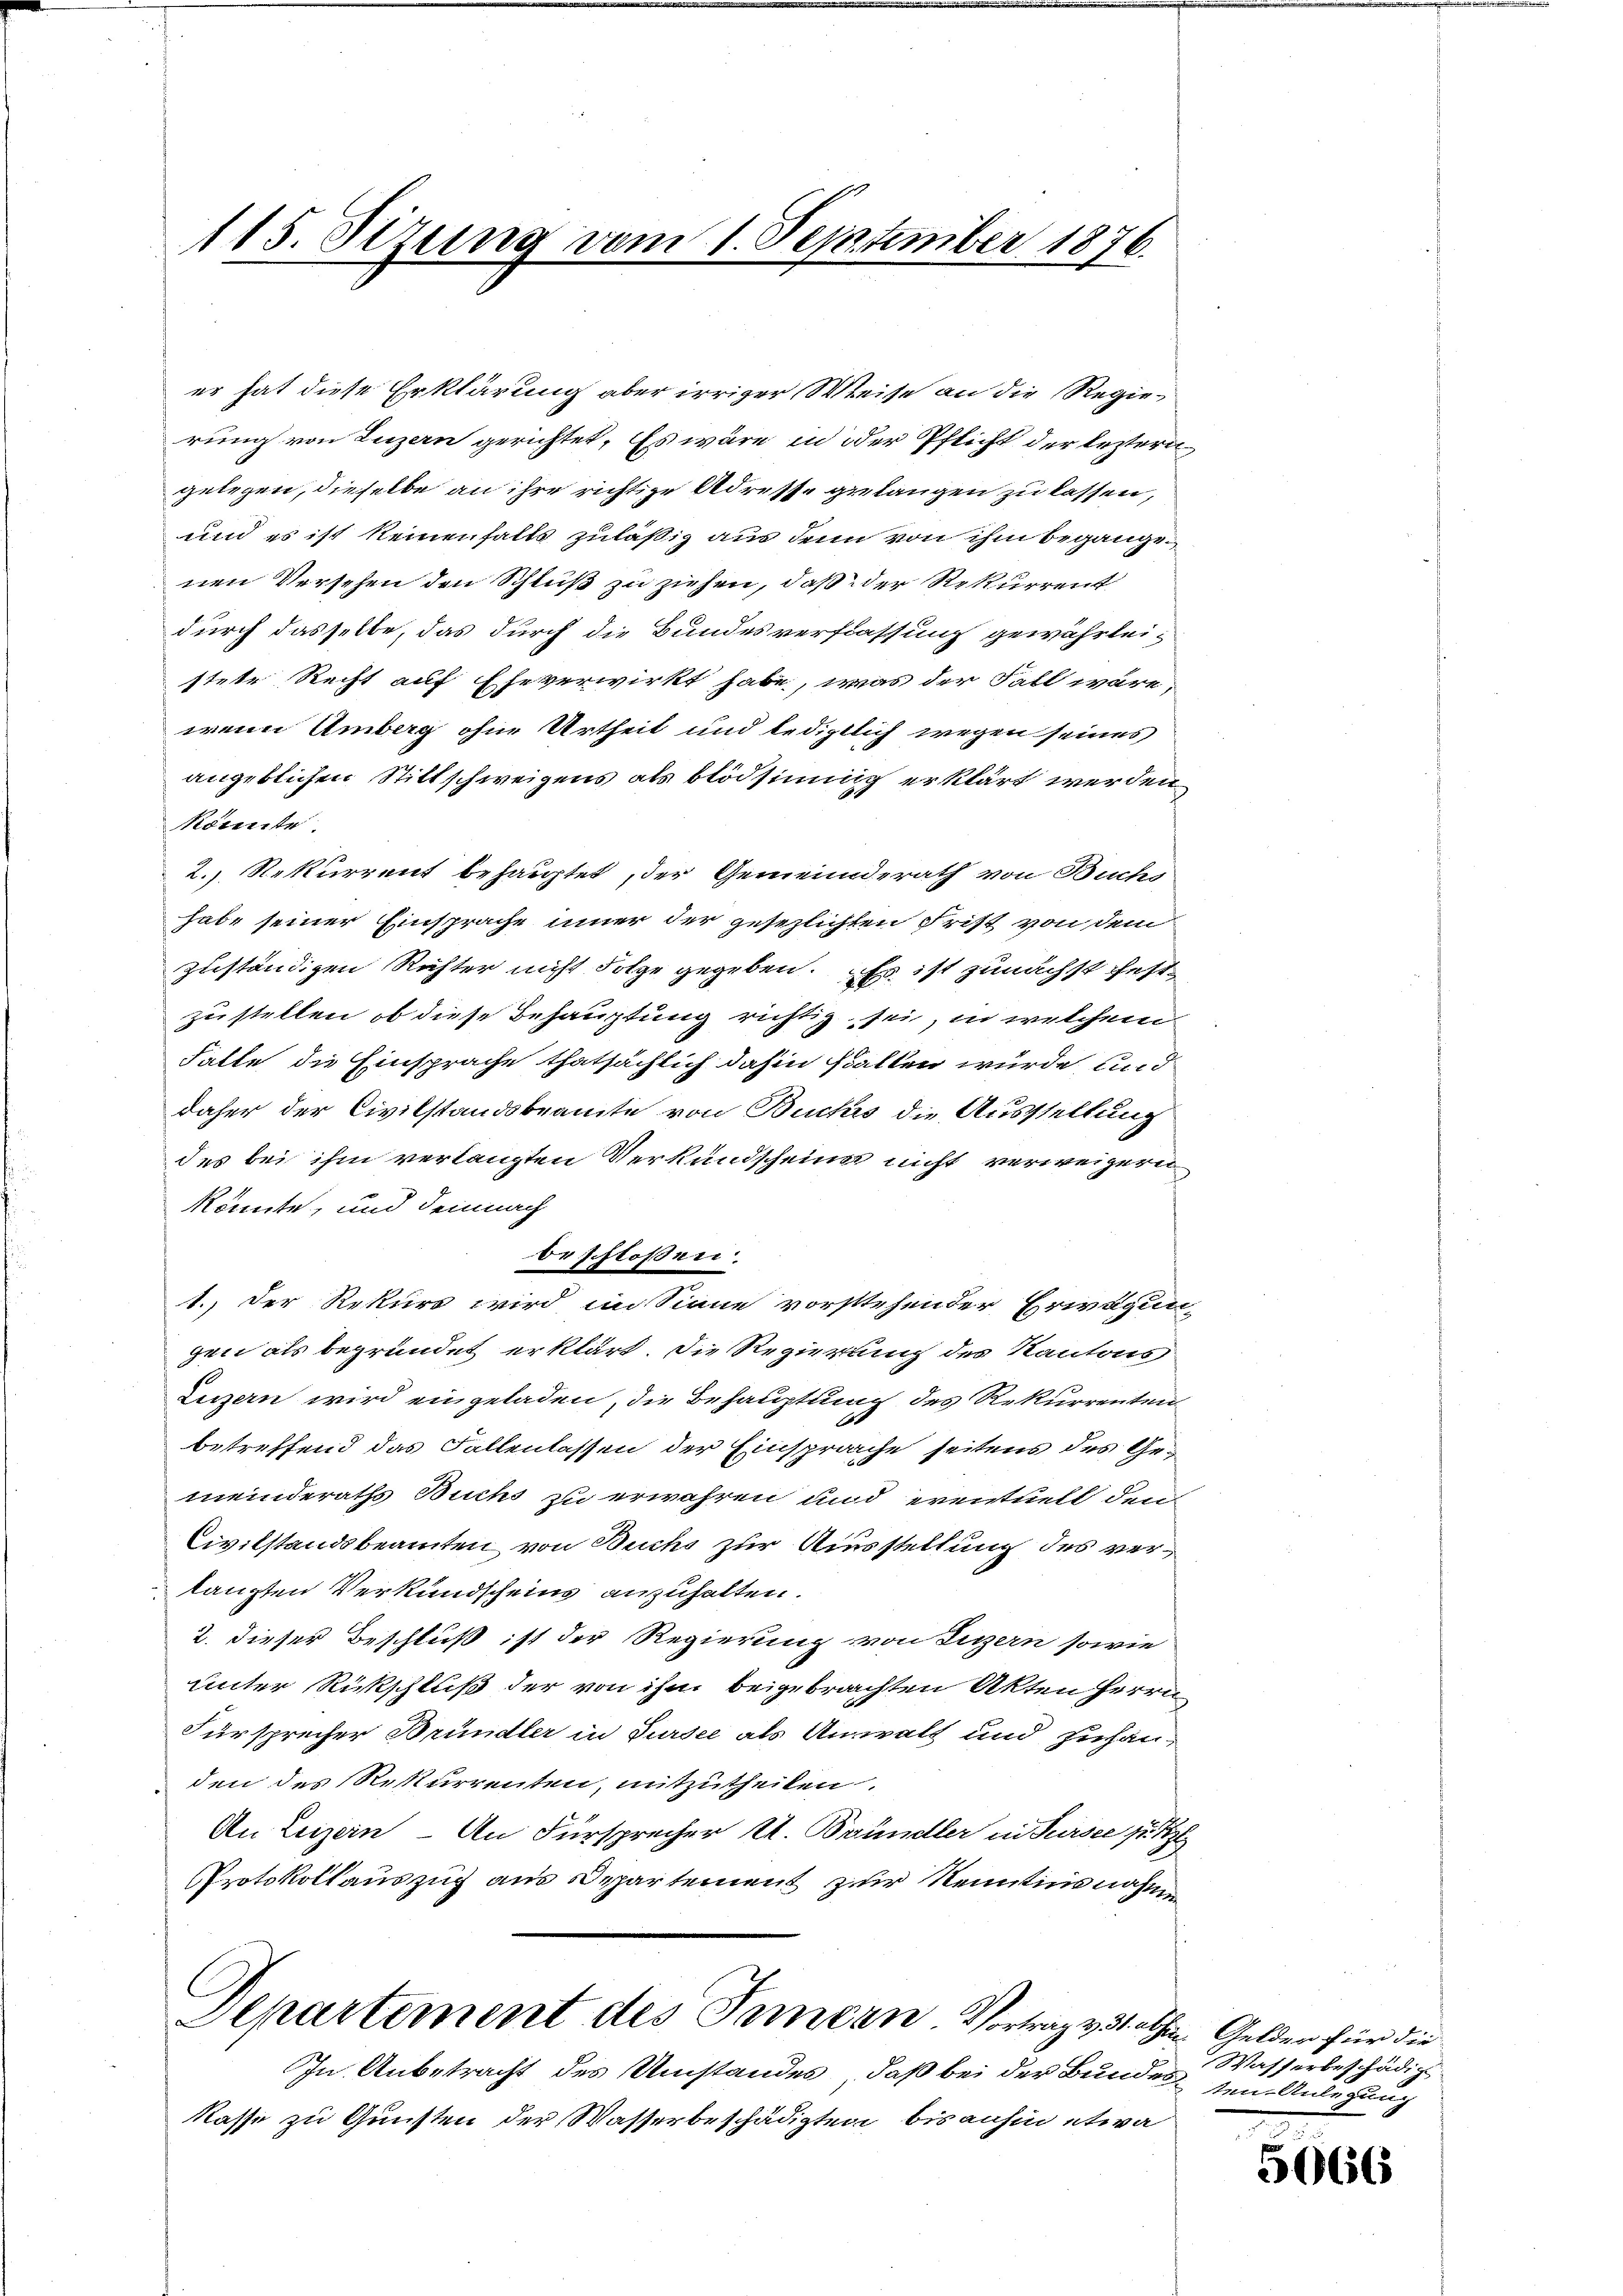
115. Sizung vom 1. September 1876.

er hat diese Erklärung aber irriger Weise an die Regierung von Luzern gerichtet. Es wäre in der Pflicht der leztern
gelegen, dieselbe an ihre richtige Adresse gelangen zu lassen,
und es ist keinenfalls zuläßig aus denn von ihm begangenen Versehen den Schluß zu ziehen, daß der Rekurrent
durch dasselbe, das durch die Bundesverflassung gewährleistete Recht auf Eheverwirkt habe, was der Fall wäre,
wenn Amberg ohne Urtheil und ledigtlich wegen seines
angeblichen Stillschweigens als blödsinnig erklärt werden
könnte
2. Rekurrent behauptet, der Gemeinderath von Buchs
habe seiner Einsprache inner der gesezlichten Frist von dem
zuständigen Richter nicht Folge gegeben. Es ist zunächst festzu stellen, ob diese Behauptung richtig sei, in welchem
Falte die Einsprache thatsächlich dahin fallen würde, und
daher der Civilstandsbeamte von Buches die Ausstellung
des bei ihm verlangten Verkundscheine nicht verweigern
könnte, und demnach
beschloßen.
1.) Der Rekurs wird im Sinne vorstehender Erwägun-
gen als begründet erklärt. Die Regierung des Kantons
Luzern wird eingeladen, die Behauptung des Rekurrenten
betreffend das Fallenlassen der Einsprache seitens des Gemeinderaths Buchs zu erwahren und eventuell den
Civilstandsbeamten von Buchs zur Ausstellung des ver¬
 langten Verkundscheins anzuhalten.
2. dieser Beschluß ist der Regierung von Luzern sowie
unter Rückschluß der von ihm beigebrachten Akten Herrn
Fürsprecher Bründler in Sursee als Anwalt und zuhänden des Rekurrenten, mitzutheilen.
An Luzern - An Fürsprecher A. Bründler in Sursee zu Ti
Protokollauszug aus Departement zur Kenntnisnahme

In Anbetracht des Umstandes, daß bei der Bundes sein Anlegung
Kasse zu Gunsten der Wasserbeschädigten bisanhin etwa

Departement des Innern. Vortrag v. 1. hrn. Gelder für die

Wasserbeschädig

5066